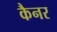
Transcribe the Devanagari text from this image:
कैनर